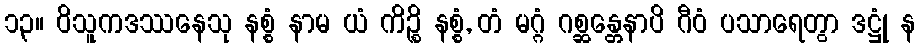
၁၃။ ဝိသူကဒဿနေသု နစ္စံ နာမ ယံ ကိဉ္စိ နစ္စံ, တံ မဂ္ဂံ ဂစ္ဆန္တေနာပိ ဂီဝံ ပသာရေတွာ ဒဋ္ဌုံ န